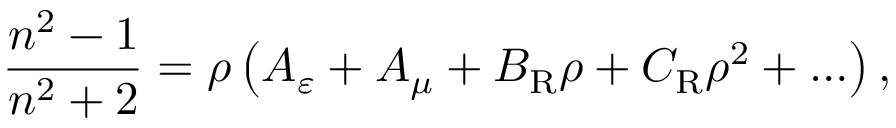
\frac { n ^ { 2 } - 1 } { n ^ { 2 } + 2 } = \rho \left( A _ { \varepsilon } + A _ { \mu } + B _ { \mathrm { R } } \rho + C _ { \mathrm { R } } \rho ^ { 2 } + \ldots \right) ,